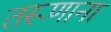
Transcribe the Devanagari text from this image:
तरूणाना